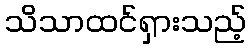
သိသာထင်ရှားသည့်